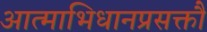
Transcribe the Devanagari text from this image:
आत्माभिधानप्रसक्तौ